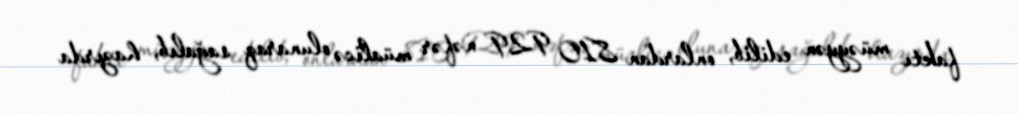
faktı müəyyən edilib, onlardan 810 929 nəfər müalicə olunaraq sağalıb, hazırda